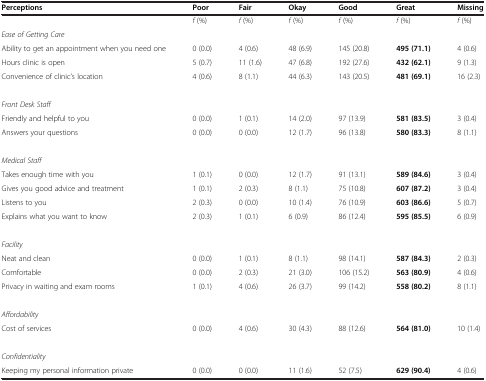
<table><thead><tr><td><b>Perceptions</b></td><td><b>Poor</b></td><td><b>Fair</b></td><td><b>Okay</b></td><td><b>Good</b></td><td><b>Great</b></td><td><b>Missing</b></td></tr></thead><tbody><tr><td> </td><td><i>f</i> (%)</td><td><i>f</i> (%)</td><td><i>f</i> (%)</td><td><i>f</i> (%)</td><td><i>f</i> (%)</td><td><i>f</i> (%)</td></tr><tr><td><i>Ease of Getting Care</i></td><td> </td><td> </td><td> </td><td> </td><td> </td><td> </td></tr><tr><td>Ability to get an appointment when you need one</td><td>0 (0.0)</td><td>4 (0.6)</td><td>48 (6.9)</td><td>145 (20.8)</td><td><b>495 (71.1)</b></td><td>4 (0.6)</td></tr><tr><td>Hours clinic is open</td><td>5 (0.7)</td><td>11 (1.6)</td><td>47 (6.8)</td><td>192 (27.6)</td><td><b>432 (62.1)</b></td><td>9 (1.3)</td></tr><tr><td>Convenience of clinic’s location</td><td>4 (0.6)</td><td>8 (1.1)</td><td>44 (6.3)</td><td>143 (20.5)</td><td><b>481 (69.1)</b></td><td>16 (2.3)</td></tr><tr><td> </td><td> </td><td> </td><td> </td><td> </td><td> </td><td> </td></tr><tr><td><i>Front Desk Staff</i></td><td> </td><td> </td><td> </td><td> </td><td> </td><td> </td></tr><tr><td>Friendly and helpful to you</td><td>0 (0.0)</td><td>1 (0.1)</td><td>14 (2.0)</td><td>97 (13.9)</td><td><b>581 (83.5)</b></td><td>3 (0.4)</td></tr><tr><td>Answers your questions</td><td>0 (0.0)</td><td>0 (0.0)</td><td>12 (1.7)</td><td>96 (13.8)</td><td><b>580 (83.3)</b></td><td>8 (1.1)</td></tr><tr><td> </td><td> </td><td> </td><td> </td><td> </td><td> </td><td> </td></tr><tr><td><i>Medical Staff</i></td><td> </td><td> </td><td> </td><td> </td><td> </td><td> </td></tr><tr><td>Takes enough time with you</td><td>1 (0.1)</td><td>0 (0.0)</td><td>12 (1.7)</td><td>91 (13.1)</td><td><b>589 (84.6)</b></td><td>3 (0.4)</td></tr><tr><td>Gives you good advice and treatment</td><td>1 (0.1)</td><td>2 (0.3)</td><td>8 (1.1)</td><td>75 (10.8)</td><td><b>607 (87.2)</b></td><td>3 (0.4)</td></tr><tr><td>Listens to you</td><td>2 (0.3)</td><td>0 (0.0)</td><td>10 (1.4)</td><td>76 (10.9)</td><td><b>603 (86.6)</b></td><td>5 (0.7)</td></tr><tr><td>Explains what you want to know</td><td>2 (0.3)</td><td>1 (0.1)</td><td>6 (0.9)</td><td>86 (12.4)</td><td><b>595 (85.5)</b></td><td>6 (0.9)</td></tr><tr><td> </td><td> </td><td> </td><td> </td><td> </td><td> </td><td> </td></tr><tr><td><i>Facility</i></td><td> </td><td> </td><td> </td><td> </td><td> </td><td> </td></tr><tr><td>Neat and clean</td><td>0 (0.0)</td><td>1 (0.1)</td><td>8 (1.1)</td><td>98 (14.1)</td><td><b>587 (84.3)</b></td><td>2 (0.3)</td></tr><tr><td>Comfortable</td><td>0 (0.0)</td><td>2 (0.3)</td><td>21 (3.0)</td><td>106 (15.2)</td><td><b>563 (80.9)</b></td><td>4 (0.6)</td></tr><tr><td>Privacy in waiting and exam rooms</td><td>1 (0.1)</td><td>4 (0.6)</td><td>26 (3.7)</td><td>99 (14.2)</td><td><b>558 (80.2)</b></td><td>8 (1.1)</td></tr><tr><td> </td><td> </td><td> </td><td> </td><td> </td><td> </td><td> </td></tr><tr><td><i>Affordability</i></td><td> </td><td> </td><td> </td><td> </td><td> </td><td> </td></tr><tr><td>Cost of services</td><td>0 (0.0)</td><td>4 (0.6)</td><td>30 (4.3)</td><td>88 (12.6)</td><td><b>564 (81.0)</b></td><td>10 (1.4)</td></tr><tr><td> </td><td> </td><td> </td><td> </td><td> </td><td> </td><td> </td></tr><tr><td><i>Confidentiality</i></td><td> </td><td> </td><td> </td><td> </td><td> </td><td> </td></tr><tr><td>Keeping my personal information private</td><td>0 (0.0)</td><td>0 (0.0)</td><td>11 (1.6)</td><td>52 (7.5)</td><td><b>629 (90.4)</b></td><td>4 (0.6)</td></tr></tbody></table>